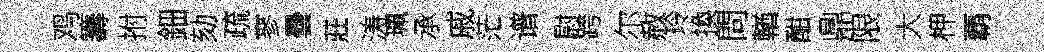
鸡籌拊鈿劾疏寥曇莊涛珮承戚茫谱尉跨尔赦玲換問輶酣鼎限大柙覇